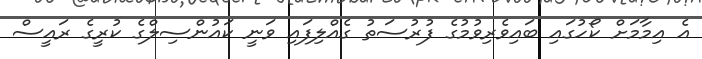
އެ އިމާމަށް ކޯހުގައި ބައިވެރިވުމުގެ ފުރުސަތު ގެއްލިފައި ވަނީ ކައުންސިލްގެ ކުރީގެ ރައީސް